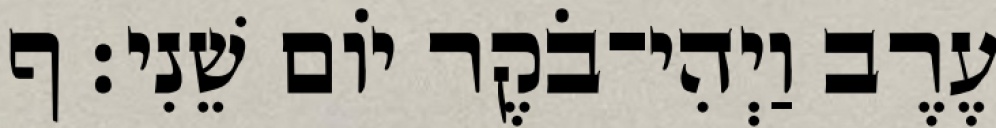
עֶרֶב וַיְהִי־בֹקֶר יֹום שֵׁנִי׃ ף